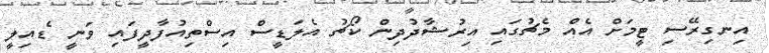
އިނގިރޭސި ޓީމަށް އެއް މެޗުގައި އިރުޝާދުދިން ކޯޗު އެލަޑީސް އިސްތިއުފާދީފައި ވަނީ ޑެއިލީ